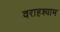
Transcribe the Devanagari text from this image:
वराहश्याम